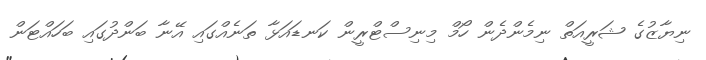
ނިޔާޒުގެ ޝަރީއަތް ނިމެންދެން ހޯމް މިނިސްޓްރީން ކަނޑައަޅާ ތަނެއްގައި އޭނާ ބަންދުގައި ބަހައްޓަން